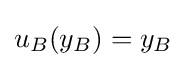
u_{B}(y_{B})=y_{B}